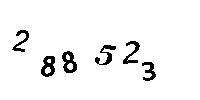
288523